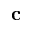
\mathbf { c }